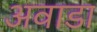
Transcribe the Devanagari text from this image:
अवाडा